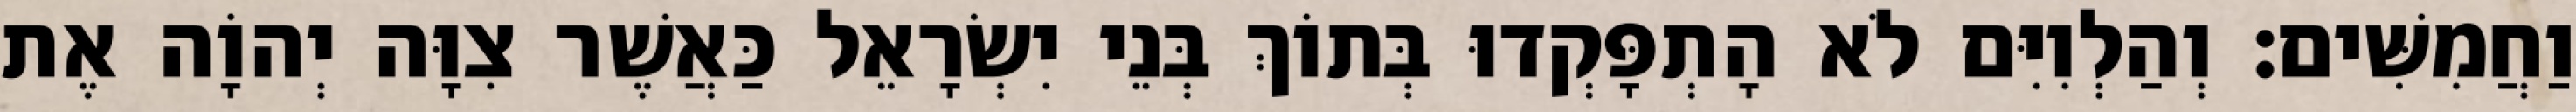
וַחֲמִשִּׁים׃ וְהַלְוִיִּם לֹא הָתְפָּקְדוּ בְּתוֹךְ בְּנֵי יִשְׂרָאֵל כַּאֲשֶׁר צִוָּה יְהוָֹה אֶת